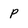
Character: p